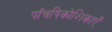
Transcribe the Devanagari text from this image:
पाँचषिकोशिकाएँ